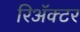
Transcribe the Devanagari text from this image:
रिॲक्टर